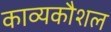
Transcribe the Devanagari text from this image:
काव्यकौशल